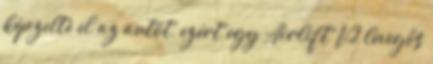
képzelte el az autót, ezért egy Airlift V2 levegős